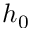
h _ { 0 }